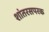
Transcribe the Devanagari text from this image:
शांतरसपरक